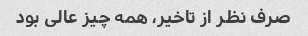
صرف نظر از تاخیر، همه چیز عالی بود